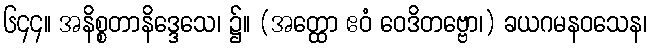
၆၄၄။ အနိစ္စတာနိဒ္ဒေသေ၊ ၌။ (အတ္ထော ဧဝံ ဝေဒိတဗ္ဗော၊) ခယဂမနဝသေန၊